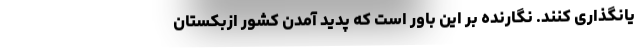
یانگذاری کنند. نگارنده بر این باور است که پدید آمدن کشور ازبکستان